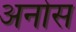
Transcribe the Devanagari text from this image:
अनोस